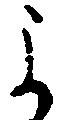
ま